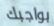
بواجبك